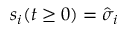
s _ { i } ( t \geq 0 ) = \hat { \sigma } _ { i }